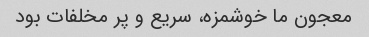
معجون ما خوشمزه، سریع و پر مخلفات بود